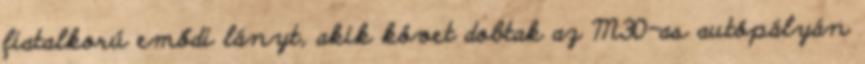
fiatalkorú emődi lányt, akik követ dobtak az M30-as autópályán